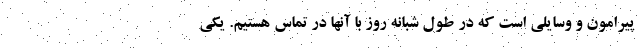
پیرامون و وسایلی است که در طول شبانه روز با آنها در تماس هستیم. یکی